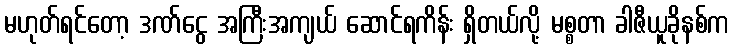
မဟုတ်ရင်တော့ ဒဏ်ငွေ အကြီးအကျယ် ဆောင်ရကိန်း ရှိတယ်လို့ မစ္စတာ ခါဇီယူခိုနစ်က